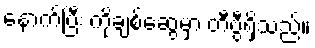
နောက်ပြီး ကိုချစ်ဆွေမှာ တီဗွီရှိသည်။